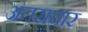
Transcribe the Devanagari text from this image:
अतराचार